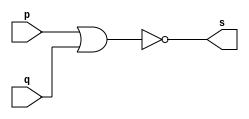
// ------------------------- 
// Exercicio0002 - NOR 
// Nome: Lucas Cardoso 
// -------------------------

// ------------------------- 
// -- NOR gate 
// ------------------------- 
module norgate ( output s, 
input p, q); 
assign s = ~(p | q); 
endmodule // norgate 

// --------------------- 
// -- test or gate 
// --------------------- 
module testnorgate; 

// ------------------------- dados locais 
reg a, b; // definir registradores 
wire s; // definir conexao (fio) 

// ------------------------- instancia 
norgate NOR1 (s, a, b); 

// ------------------------- preparacao 
initial begin:start 
// atribuicao simultanea 
// dos valores iniciais 
a=0; b=0; 
end 

// ------------------------- parte principal 
initial begin 
$display("Exercicio0002 - Lucas Cardoso - 441694"); 
$display("Test NOR gate"); 
$display("\na & b = s\n"); 
a=0; b=0; 
#1 $display("%b & %b = %b", a, b, s); 
a=0; b=1; 
#1 $display("%b & %b = %b", a, b, s); 
a=1; b=0; 
#1 $display("%b & %b = %b", a, b, s); 
a=1; b=1; 
#1 $display("%b & %b = %b", a, b, s); 
end 
endmodule // testnorgate